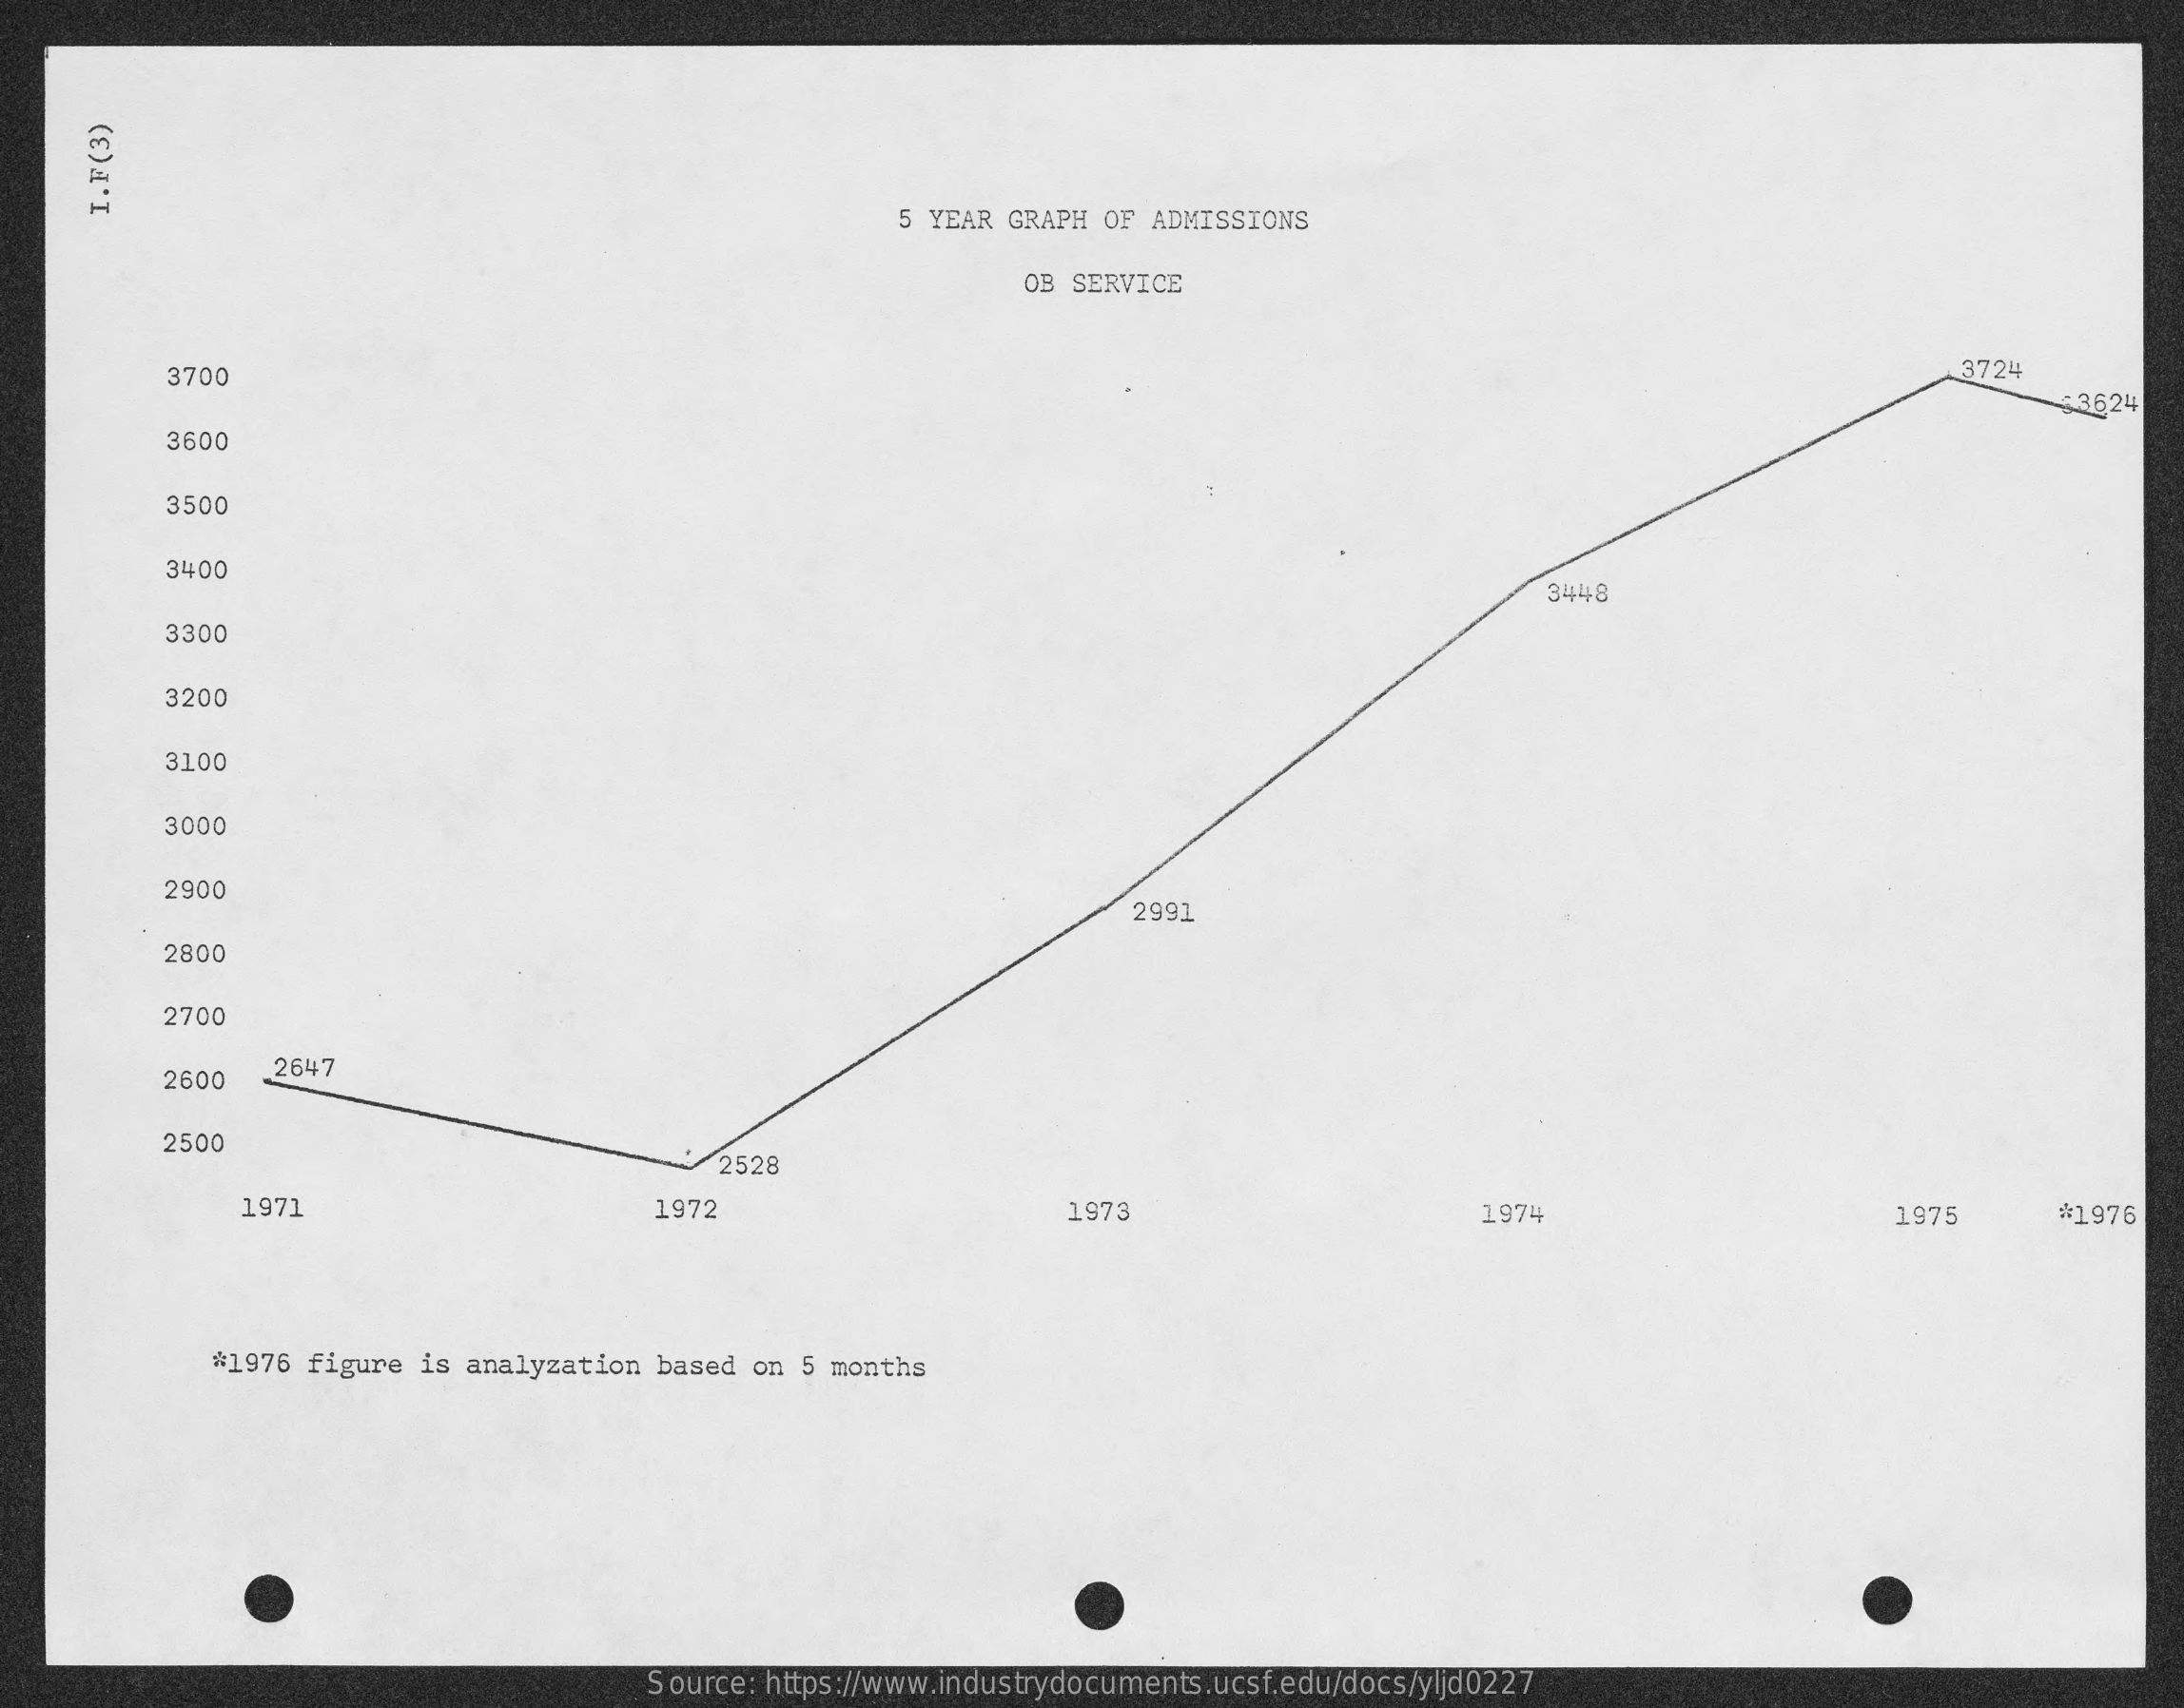
5 YEAR GRAPH OF  ADMISSIONS
     I.F(3)
     OB SERVICE
     3724 3700
     3624
     3600
     3500
     3400
     3448
     3300
     3200
     3100
     3000
     2900
     2991
     2800
     2700
     2600   .2647
     2500
     * 2528
     1971    1972    1973    1974    1975    #1976
     *1976 figure  is analyzation  based on  5 months
     Source: https://www.industrydocuments.ucsf.edu/docs/yljd0227